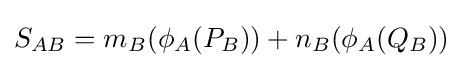
S_{AB}=m_{B}(\phi _{A}(P_{B}))+n_{B}(\phi _{A}(Q_{B}))